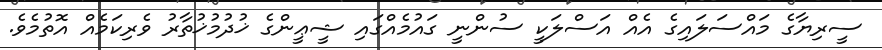
ސީރިޔާގެ މައްސަލައިގެ އެއް އަސްލަކީ ސުންނީ ގައުމެއްގައި ޝީޢީންގެ ޚުދުމުޚުތާރު ވެރިކަމެއް އޮތުމެވެ.